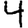
Digit: 4